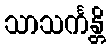
သာသင်္ကန္တိ